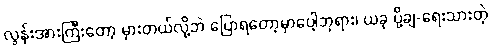
လွန်းအားကြီးတော့ မှားတယ်လို့ဘဲ ပြောရတော့မှာပေါ့ဘုရား၊ ယခု ပို့ချ-ရေးသားတဲ့